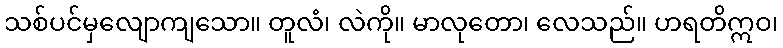
သစ်ပင်မှလျောကျသော။ တူလံ၊ လဲကို။ မာလုတော၊ လေသည်။ ဟရတိဣဝ၊